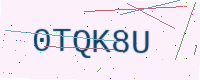
Text: 0TQK8U